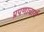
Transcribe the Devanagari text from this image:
प्रपणाचार्य